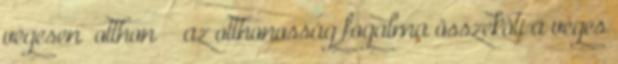
végesen „otthon” – az otthonosság fogalma összeköti a véges